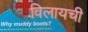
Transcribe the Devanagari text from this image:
विलायची